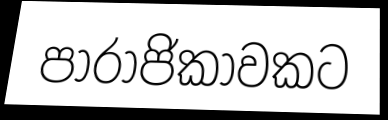
පාරාජිකාවකට